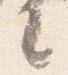
言